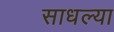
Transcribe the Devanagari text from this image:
साधल्या